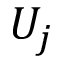
U _ { j }